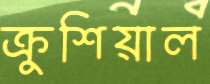
ক্রুশিয়াল